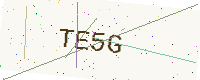
Text: TE5G